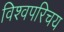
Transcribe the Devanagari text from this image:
विश्वपरिचय